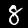
Label: 8